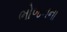
ભોજનના